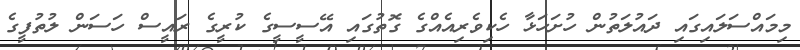
މިމައްސަލައިގައި ދައުލަތުން ހުށަހަޅާ ހެކިވެރިއެއްގެ ގޮތުގައި އޭސީސީގެ ކުރީގެ ރައީސް ހަސަން ލުތުފީގެ